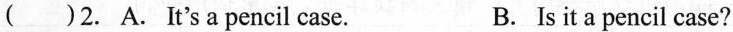
( ) 2. A. It's a pencil case. B. Is it a pencil case?